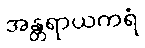
အန္တရာယကရံ